Note on the mental hospitals in Burma - 1925-1940
Year: 1925
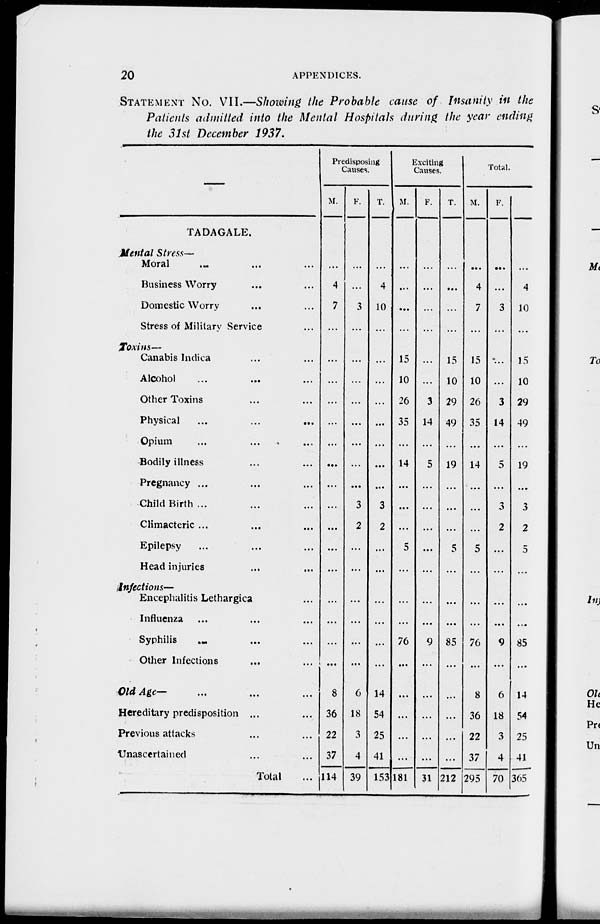
20
APPENDICES.
STATEMENT No. VII.—Showing the Probable cause of Insanity in the
Patients admitted into the Mental Hospitals during the year ending
the 31st December 1937.
—
TADAGALE.
Mental Stress—
Moral ... ...
Business Worry ... ...
Domestic Worry ... ...
Stress of Military Service ...
Toxins—
Canabis Indica ... ...
Alcohol ... ... ...
Other Toxins ... ...
Physical ... ... ...
Opium ... ... ...
Bodily illness ... ...
Pregnancy ... ... ...
Child Birth ... ... ...
Climacteric ... ... ...
Epilepsy ... ... ...
Head injuries ... ...
Infections—
Encephalitis Lethargica ...
Influenza ... ... ...
Syphilis ... ... ...
Other Infections ... ...
Old Age— ... ... ...
Hereditary predisposition ...
Previous attacks ... ...
Unascertained ... ...
Total ...
Predisposing
Causes.
M.
...
4
7
...
...
...
...
...
...
...
...
...
...
...
...
...
...
...
...
8
36
22
37
114
F.
...
...
3
...
...
...
...
...
...
...
...
3
2
...
...
...
...
...
...
6
18
3
4
39
T.
...
4
10
...
...
...
...
...
...
...
...
3
2
...
...
...
...
...
...
14
54
25
41
153
Exciting
Causes.
M.
...
...
...
...
15
10
26
35
...
14
...
...
...
5
...
...
...
76
...
...
...
...
...
181
F.
...
...
...
...
...
...
3
14
...
5
...
...
...
...
...
...
...
9
...
...
...
...
...
31
T.
...
...
...
...
15
10
29
49
...
19
...
...
...
5
...
...
...
85
...
...
...
...
...
212
Total.
M.
...
4
7
...
15
10
26
35
...
14
...
...
...
5
...
...
...
76
...
8
36
22
37
295
F.
...
...
3
...
...
...
3
14
...
5
...
3
2
...
...
...
...
9
...
6
18
3
4
70
T.
...
4
10
...
15
10
29
49
...
19
...
3
2
5
...
...
...
85
...
14
54
25
41
365